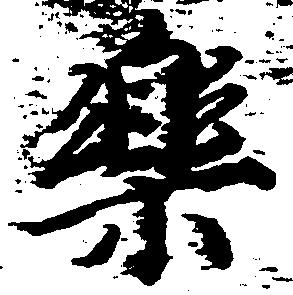
楽